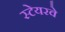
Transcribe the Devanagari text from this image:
स्टेयरवे